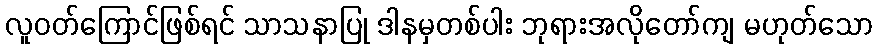
လူဝတ်ကြောင်ဖြစ်ရင် သာသနာပြု ဒါနမှတစ်ပါး ဘုရားအလိုတော်ကျ မဟုတ်သော